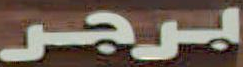
برجر